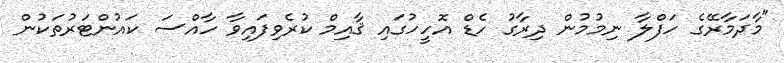
"މާދަމާރޭގެ ހަފްލާ ނިމުމުން ދިރާގު ހެޑް އޮހީހުގައި ޤާއިމް ކުރެވިފައިވާ ހާއްސަ ކައުންޓަރުތަކުން